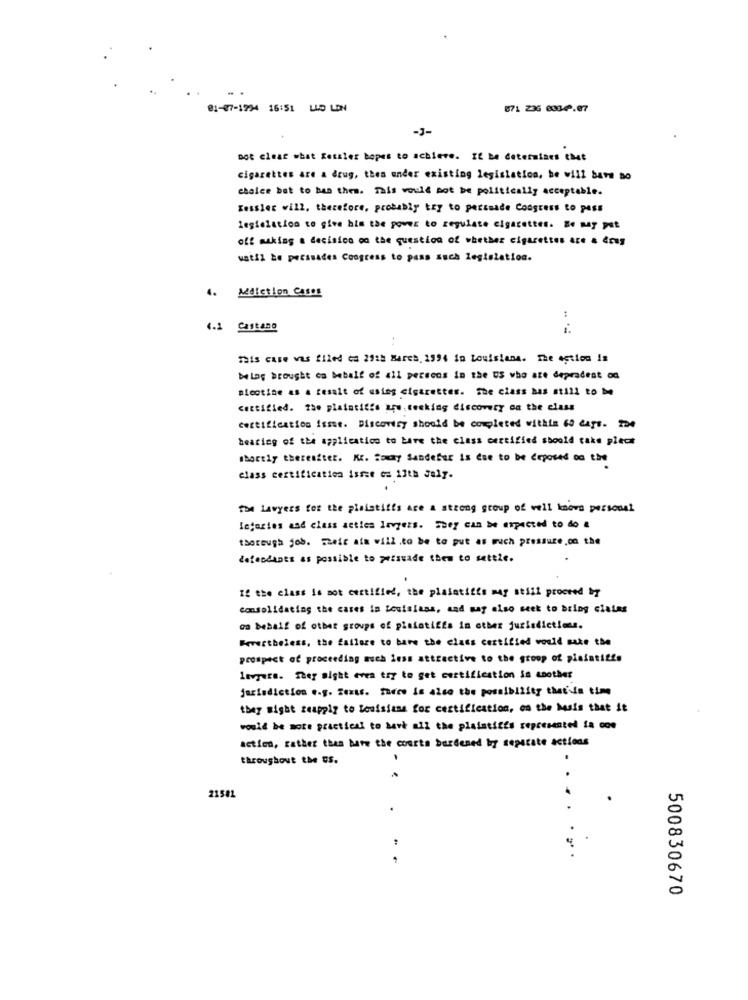
01-07-1994 16:51 LID LIN
871 236 6034.07
-J-
not clear what Ressler hopes to achieve. It be determines cast
cigarettes are a drug, thes under existing legislation, he will bare so
choice but to has thes. This would not be politically acceptable.
Kessler will, therefore, probably try to persuade Congress to pass
Legislation to give him the power to regulate cigarettes. Bo may put
off making a decinico on the question of whether cigarettes Ace 4 4rus
watil be persuades Congress to pass such legislation.
4. Addiction Cases
:
4.2 Castano
This case Vas filed ca 29th March. 1994 in Louisiana. The action in
balog brought on behalf of all persons in the US who are dependent on
nicotine as a result of ustes cigaretter. she class bas still to be
certified. 730 plaintitis aqu.tecking discovery on the class
Certification issue. Discovery should be completed within 60 days. De
bearing of the application to Lare the class certified should take pleca
shortly thereafter. Kr. Unay Sandefar is ese to be exposed on the
class certification issue es 13th Jely.
the Lawyers for the plaintiffs are a strong group of well knows personal
lefories and class acties lavgezs. suey can be expected to do a
thorough job. Their als will to be to put as much pressure on the
defendants as possible to persuade them to settle.
If the class is mot certified, the plaintiffs may still proceed by
consolidating the cases in Louisiana, and may also seek to bring ciales
on behalf of other groups of plaintiffs in other jurisdictions.
Fevertheless, the failure to bare the class certified would make the
prospect of proceeding much less attractive to the group of plaintiffs
levyers. They might even try to get certification in another
jurisdiction e.g. Seats. there is also the possibility that is time
they might seapply to louisiana for certification, on the Mais that it
would be mote practical to have all the plaintiffs represented ia com
acties, rather than bare the courts burdened by separate actions
throughout the US.
.
21581
500830670